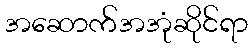
အဆောက်အအုံဆိုင်ရာ